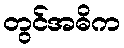
တွင်အဓိက